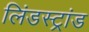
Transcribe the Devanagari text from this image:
लिंडस्ट्रांड